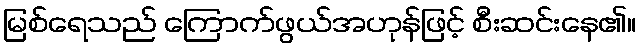
မြစ်ရေသည် ကြောက်ဖွယ်အဟုန်ဖြင့် စီးဆင်းနေ၏။